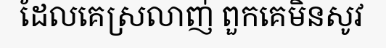
ដែលគេស្រលាញ់ ពួកគេមិនសូវ